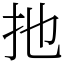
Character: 扡